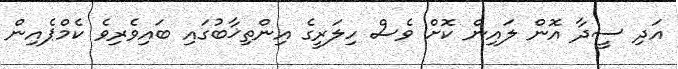
އަދި ސީދާ އޮން ލައިން ކޮށް ވެސް ހިލަރީގެ އިންތިޚާބުގައި ބައިވެރިވެ ކެމްޕެއިން